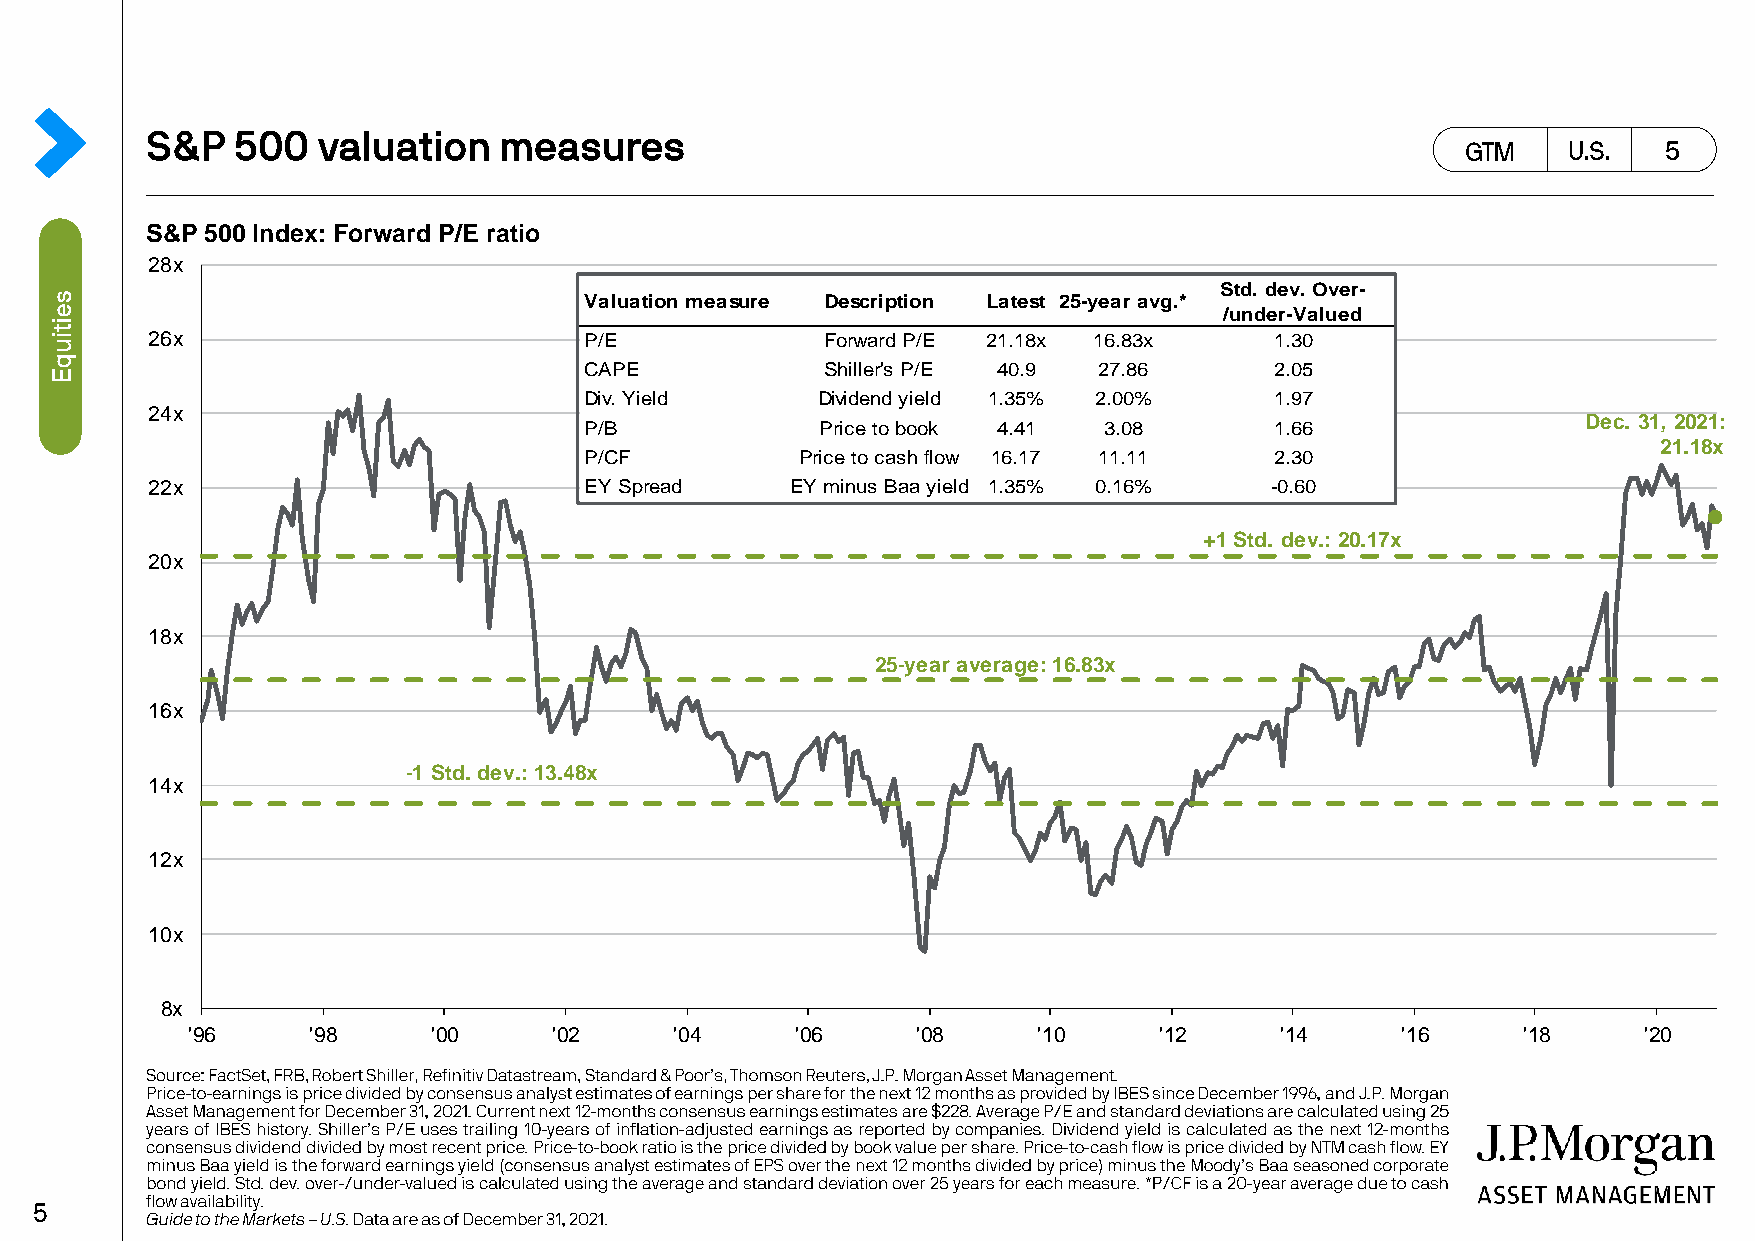
S&P 500 Index: Forward P/E ratio
 28x
 Std. dev. Over-
 Valuation measure Description Latest 25-year avg.*
 /under-Valued
 26x                          P/E             Forward P/E 21.18x 16.83x    1.30
 CAPE            Shiller's P/E 40.9 27.86     2.05
 Div. Yield     Dividend yield 1.35% 2.00%    1.97
 24x
 Dec. 31, 2021:
 P/B            Price to book 4.41 3.08       1.66
 21.18x
 P/CF          Price to cash flow 16.17 11.11 2.30
 22x                          EY Spread    EY minus Baa yield 1.35% 0.16%  -0.60
 +1 Std. dev.: 20.17x
 20x
 18x
 25-year average: 16.83x
 16x
 -1 Std. dev.: 13.48x
 14x
 12x
 10x
 8x
 '96     '98      '00     '02     '04     '06     '08     '10     '12     '14     '16     '18     '20